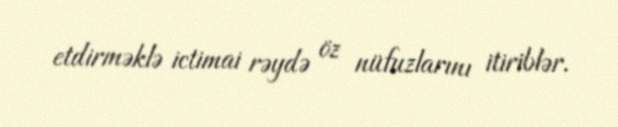
etdirməklə ictimai rəydə öz nüfuzlarını itiriblər.